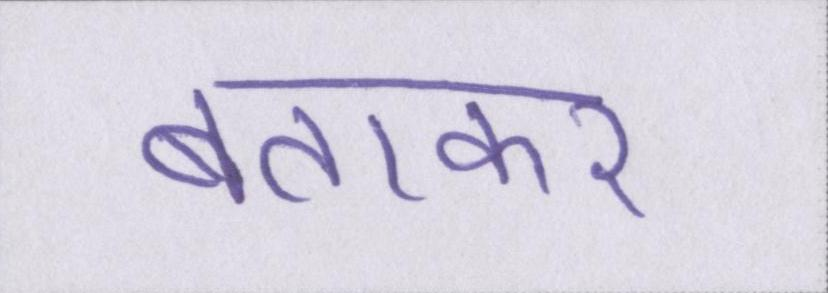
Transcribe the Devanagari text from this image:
बताकर